Regulations for the medical services of the Army of India
Year: 1930
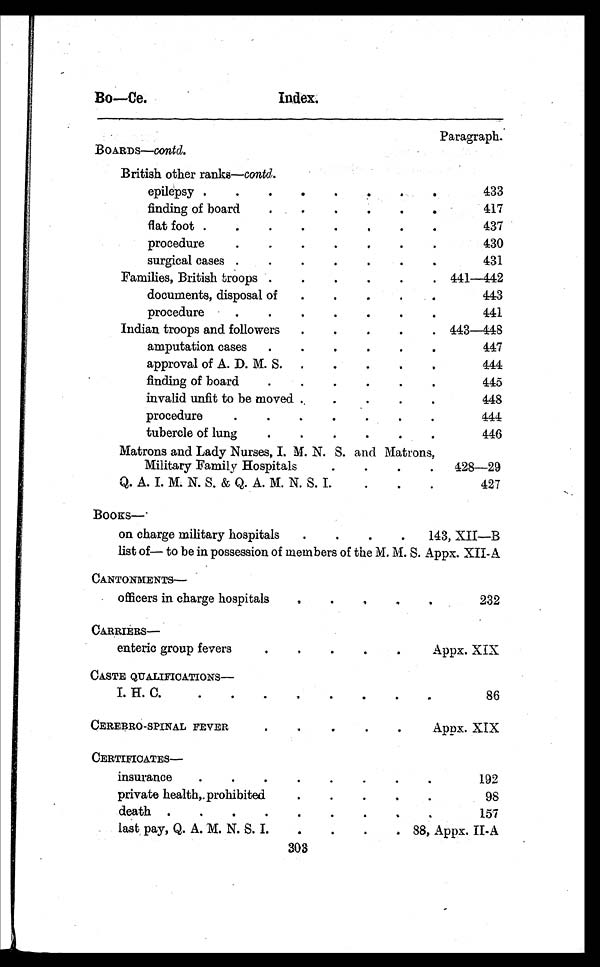
Bo—Ce.
Index.
Paragraph.
BOARDS— contd.
British other ranks—contd.
epilepsy .
.
.
.
.
.
.
.
433
finding of board
.
.
.
.
.
.
417
flat foot .
.
.
.
.
.
.
.
437
Procedure
.
.
.
.
.
.
.
430
surgical cases .
.
.
.
...
431
Families, British troops .
.
.
.
.
. 441 112
documents, disposal of
.
.
.
.
.
443
procedure
.
.
.
.
.
.
.
441
Indian troops and followers
.
.
.
.
. 443 118
amputation cases
.
.
.
.
.
.
447
approval of A. D. M. S.
.
.
.
.
.
444
finding of board
.
.
.
.
.
.
445
invalid unfit to be moved .
.
.
.
.
448
procedure
.
.
.
.
.
.
.
444
tubercle of lung
.
.
.
.
.
.
446
Matrons and Lady Nurses, I. M. N. S. and Matrons,
Military Family Hospitals
.
.
.
.
428-29
Q. A. I. M. N. S. & Q. A. M. N. S. I.
.
.
.
427
B O O K S —
on charge military hospitals
.
.
.
.
143, XII—B
list of— to be in possession of members of the M. M. S. Appx.XI1-A
CANTONMENTS
—
officers in charge hospitals
.
.
. .
232
CARRIERS
—
enteric group fevers
.
.
.
.
.
Appx. XIX
CASTE QUALIFICATIONS-
1. H. C.•
.
. . . . . .
86
CEREBRO-SPINAL FEVER
.
. . . .
Appx. XIX
CERTIFICATES
—
insurance
.
.
.
.
.
.
.
.
192
private health,.prohibited
.
.
.
.
.
98
death .
.
.
.
.
.
.
.
.
157
last pay, Q. A. M. N. S. I.
.
.
.
. 88, Appx. II-A
303